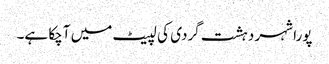
پورا شہر دہشت گردی کی لپیٹ میں آچکا ہے۔